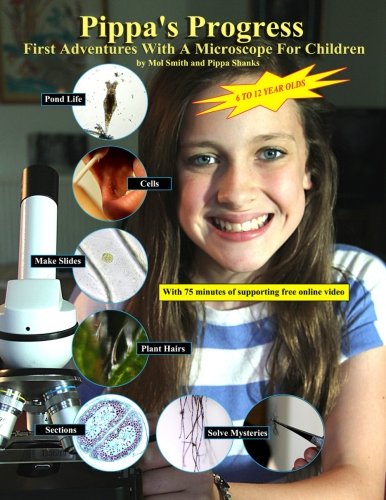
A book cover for Pippa's Progress. First Adventures With A Microscope For Children (Volume 1); Mr Mol Smith; Science & Math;